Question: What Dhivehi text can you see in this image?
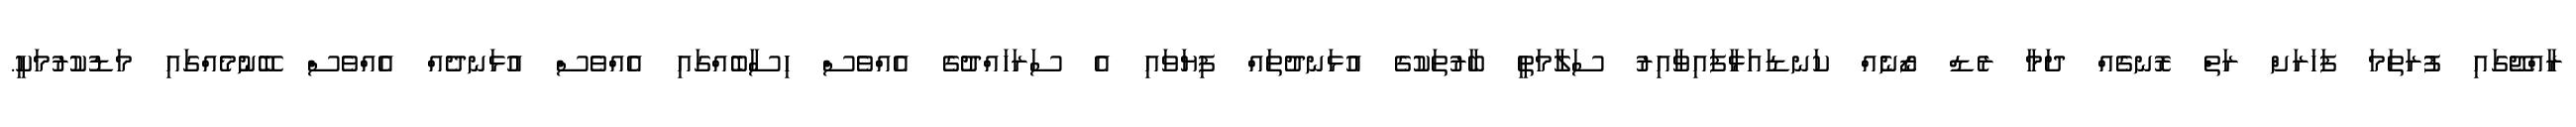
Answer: ރާއްޖޭގައި ފުރަތަމަ ފަހަރަށް ރަތް ރޮނގެއް ދަމާ ރެޑް ޒޯނެއް ކަނޑައަޅާފައިވާއިރު ސަލާމަތީ ބާރުތަކުގެ އުޅަނދުތައް ފިޔަވައި އެ ސަރަހައްދުގެ އެއްވެސް ހިސާބެއްގައި އެއްވެސް އުޅަނދެއް އެއްވެސް ބޭނުމެއްގައި މަޑުކުރުމަކީ.